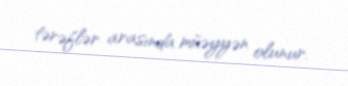
tərəflər arasında müəyyən olunur.